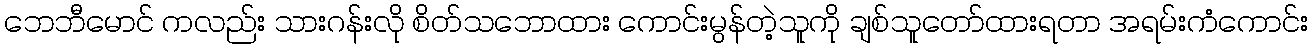
ဘေဘီမောင် ကလည်း သားဂန်းလို စိတ်သဘောထား ကောင်းမွန်တဲ့သူကို ချစ်သူတော်ထားရတာ အရမ်းကံကောင်း